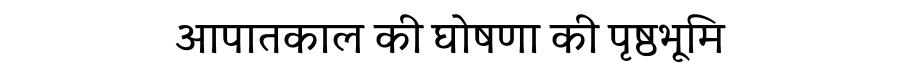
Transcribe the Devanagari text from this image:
आपातकाल की घोषणा की पृष्ठभूमि